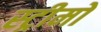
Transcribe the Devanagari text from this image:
स्ट्रीमों